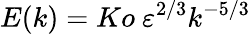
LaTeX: E(k)=Ko\ \varepsilon^{2/3}k^{-5/3}